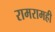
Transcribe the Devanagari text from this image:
रामरामही